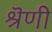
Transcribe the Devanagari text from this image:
श्रॆणी